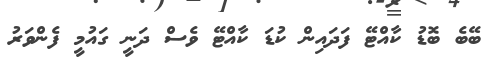
ބޭބެ ބޮޑު ކާއްޓޭ ފަދައިން ކުޑަ ކާއްޓޭ ވެސް ދަނީ ގައުމީ ފެންވަރު